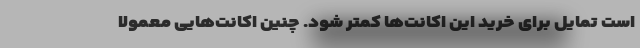
است تمایل برای خرید این اکانت‌ها کمتر شود. چنین اکانت‌هایی معمولا